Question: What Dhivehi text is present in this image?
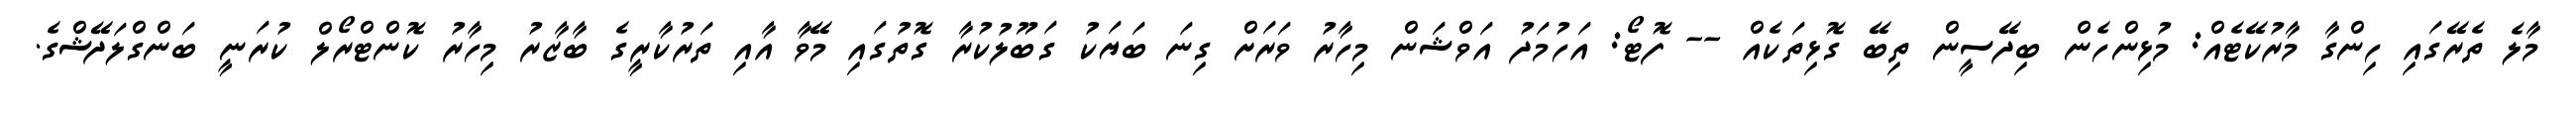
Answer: މާލެ ތެރޭގައި ހިންގާ މާރުކޭޓެއް: މުޅިންހެން ބިދޭސީން ތިބޭ ގޮޅިތަކެއް -- ފޮޓޯ: އަހުމަދު އަވްޝަން މިހާރު ވަރަށް ގިނަ ބަޔަކު ގަބޫލުކުރާ ގޮތުގައި މޭވާ އާއި ތަރުކާރީގެ ބާޒާރު މިހާރު ކޮންޓްރޯލް ކުރަނީ ބަންގްލަދޭޝްގެ.